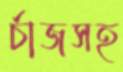
র্চাজসহ